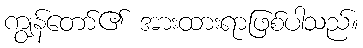
ကျွန်တော်၏ အားထားရာဖြစ်ပါသည်။